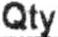
QTY